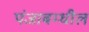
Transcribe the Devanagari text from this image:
पंजाबम्धील